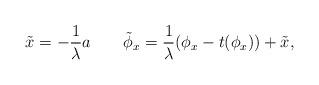
LaTeX: \begin{align*}\tilde{x} = -\frac{1}{\lambda} a\qquad\tilde{\phi}_x = \frac{1}{\lambda} (\phi_x - t(\phi_x)) + \tilde{x},\end{align*}